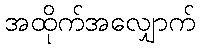
အထိုက်အလျှောက်